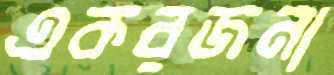
একরজনা